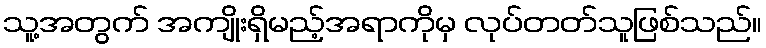
သူ့အတွက် အကျိုးရှိမည့်အရာကိုမှ လုပ်တတ်သူဖြစ်သည်။